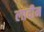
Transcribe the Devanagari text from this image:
लादीन